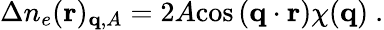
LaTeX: \begin{array}{r}{\Delta n_{e}(\mathbf{r})_{\mathbf{q},A}=2A\textnormal{cos}\left(\mathbf{q}\cdot\mathbf{r}\right)\chi(\mathbf{q})\ .}\end{array}